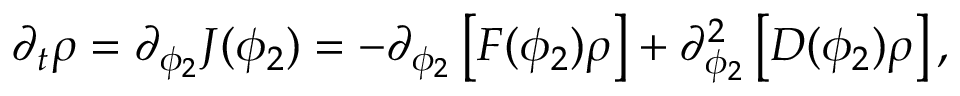
\begin{array} { r } { \partial _ { t } \rho = \partial _ { \phi _ { 2 } } J ( \phi _ { 2 } ) = - \partial _ { \phi _ { 2 } } \left[ F ( \phi _ { 2 } ) \rho \right] + \partial _ { \phi _ { 2 } } ^ { 2 } \left[ D ( \phi _ { 2 } ) \rho \right] , } \end{array}